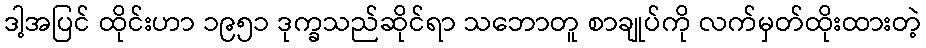
ဒါ့အပြင် ထိုင်းဟာ ၁၉၅၁ ဒုက္ခသည်ဆိုင်ရာ သဘောတူ စာချုပ်ကို လက်မှတ်ထိုးထားတဲ့